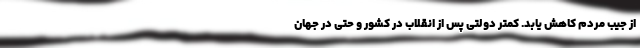
از جیب مردم کاهش یابد. کمتر دولتی پس از انقلاب در کشور و حتی در جهان